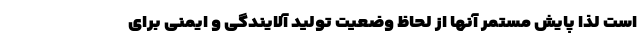
است لذا پایش مستمر آنها از لحاظ وضعیت تولید آلایندگی و ایمنی برای